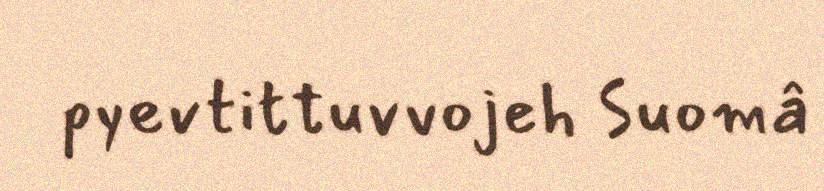
pyevtittuvvojeh Suomâ